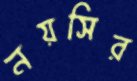
নয়সির